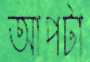
আপটা